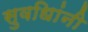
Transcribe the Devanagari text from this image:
सुवधिांनी